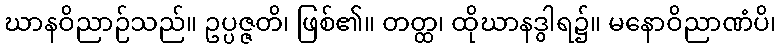
ဃာနဝိညာဉ်သည်။ ဥပ္ပဇ္ဇတိ၊ ဖြစ်၏။ တတ္ထ၊ ထိုဃာနဒွါရ၌။ မနောဝိညာဏံပိ၊